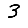
Digit: 3